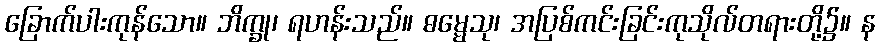
ခြောက်ပါးကုန်သော။ ဘိက္ခု၊ ရဟန်းသည်။ ဓမ္မေသု၊ အပြစ်ကင်းခြင်းကုသိုလ်တရားတို့၌။ န